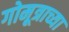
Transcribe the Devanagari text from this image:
गोमूत्राच्या